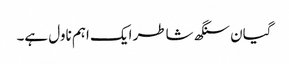
گیان سنگھ شاطر ایک اہم ناول ہے۔